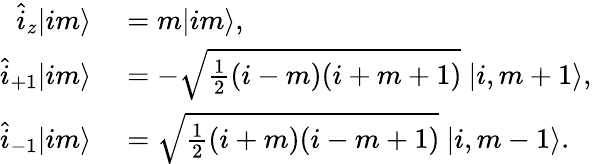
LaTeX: \begin{array}{rl}{\hat{i}_{z}|im\rangle}&{{}=m|im\rangle,}\\ {\hat{i}_{+1}|im\rangle}&{{}=-\sqrt{\frac{1}{2}(i-m)(i+m+1)}\ |i,m+1\rangle,}\\ {\hat{i}_{-1}|im\rangle}&{{}=\sqrt{\frac{1}{2}(i+m)(i-m+1)}\ |i,m-1\rangle.}\end{array}